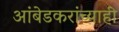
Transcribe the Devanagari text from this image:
आंबेडकरांच्याही